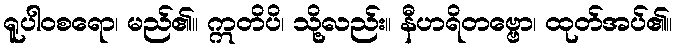
ရူပါဝစရော၊ မည်၏။ ဣတိပိ၊ သို့လည်း။ နီဟရိတဗ္ဗော၊ ထုတ်အပ်၏။